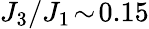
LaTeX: J_{3}/J_{1}\! \sim\! 0.15